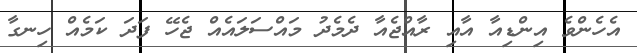
އެހެންވެ އިންޑިއާ އާއި ރާއްޖެއާ ދެމެދު މައްސަލައެއް ޖެހޭ ފަދަ ކަމެއް ހިނގާ